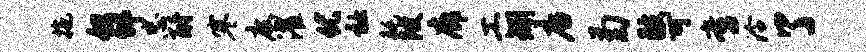
拖但邰忠酹寒度濯优衽耗陂廊工矧店菊鼓可啻泠了